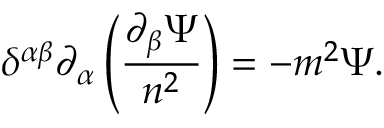
\delta ^ { \alpha \beta } \partial _ { \alpha } \left( \frac { \partial _ { \beta } \Psi } { n ^ { 2 } } \right) = - m ^ { 2 } \Psi .